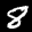
Label: 8